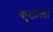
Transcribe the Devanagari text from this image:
कुठाला